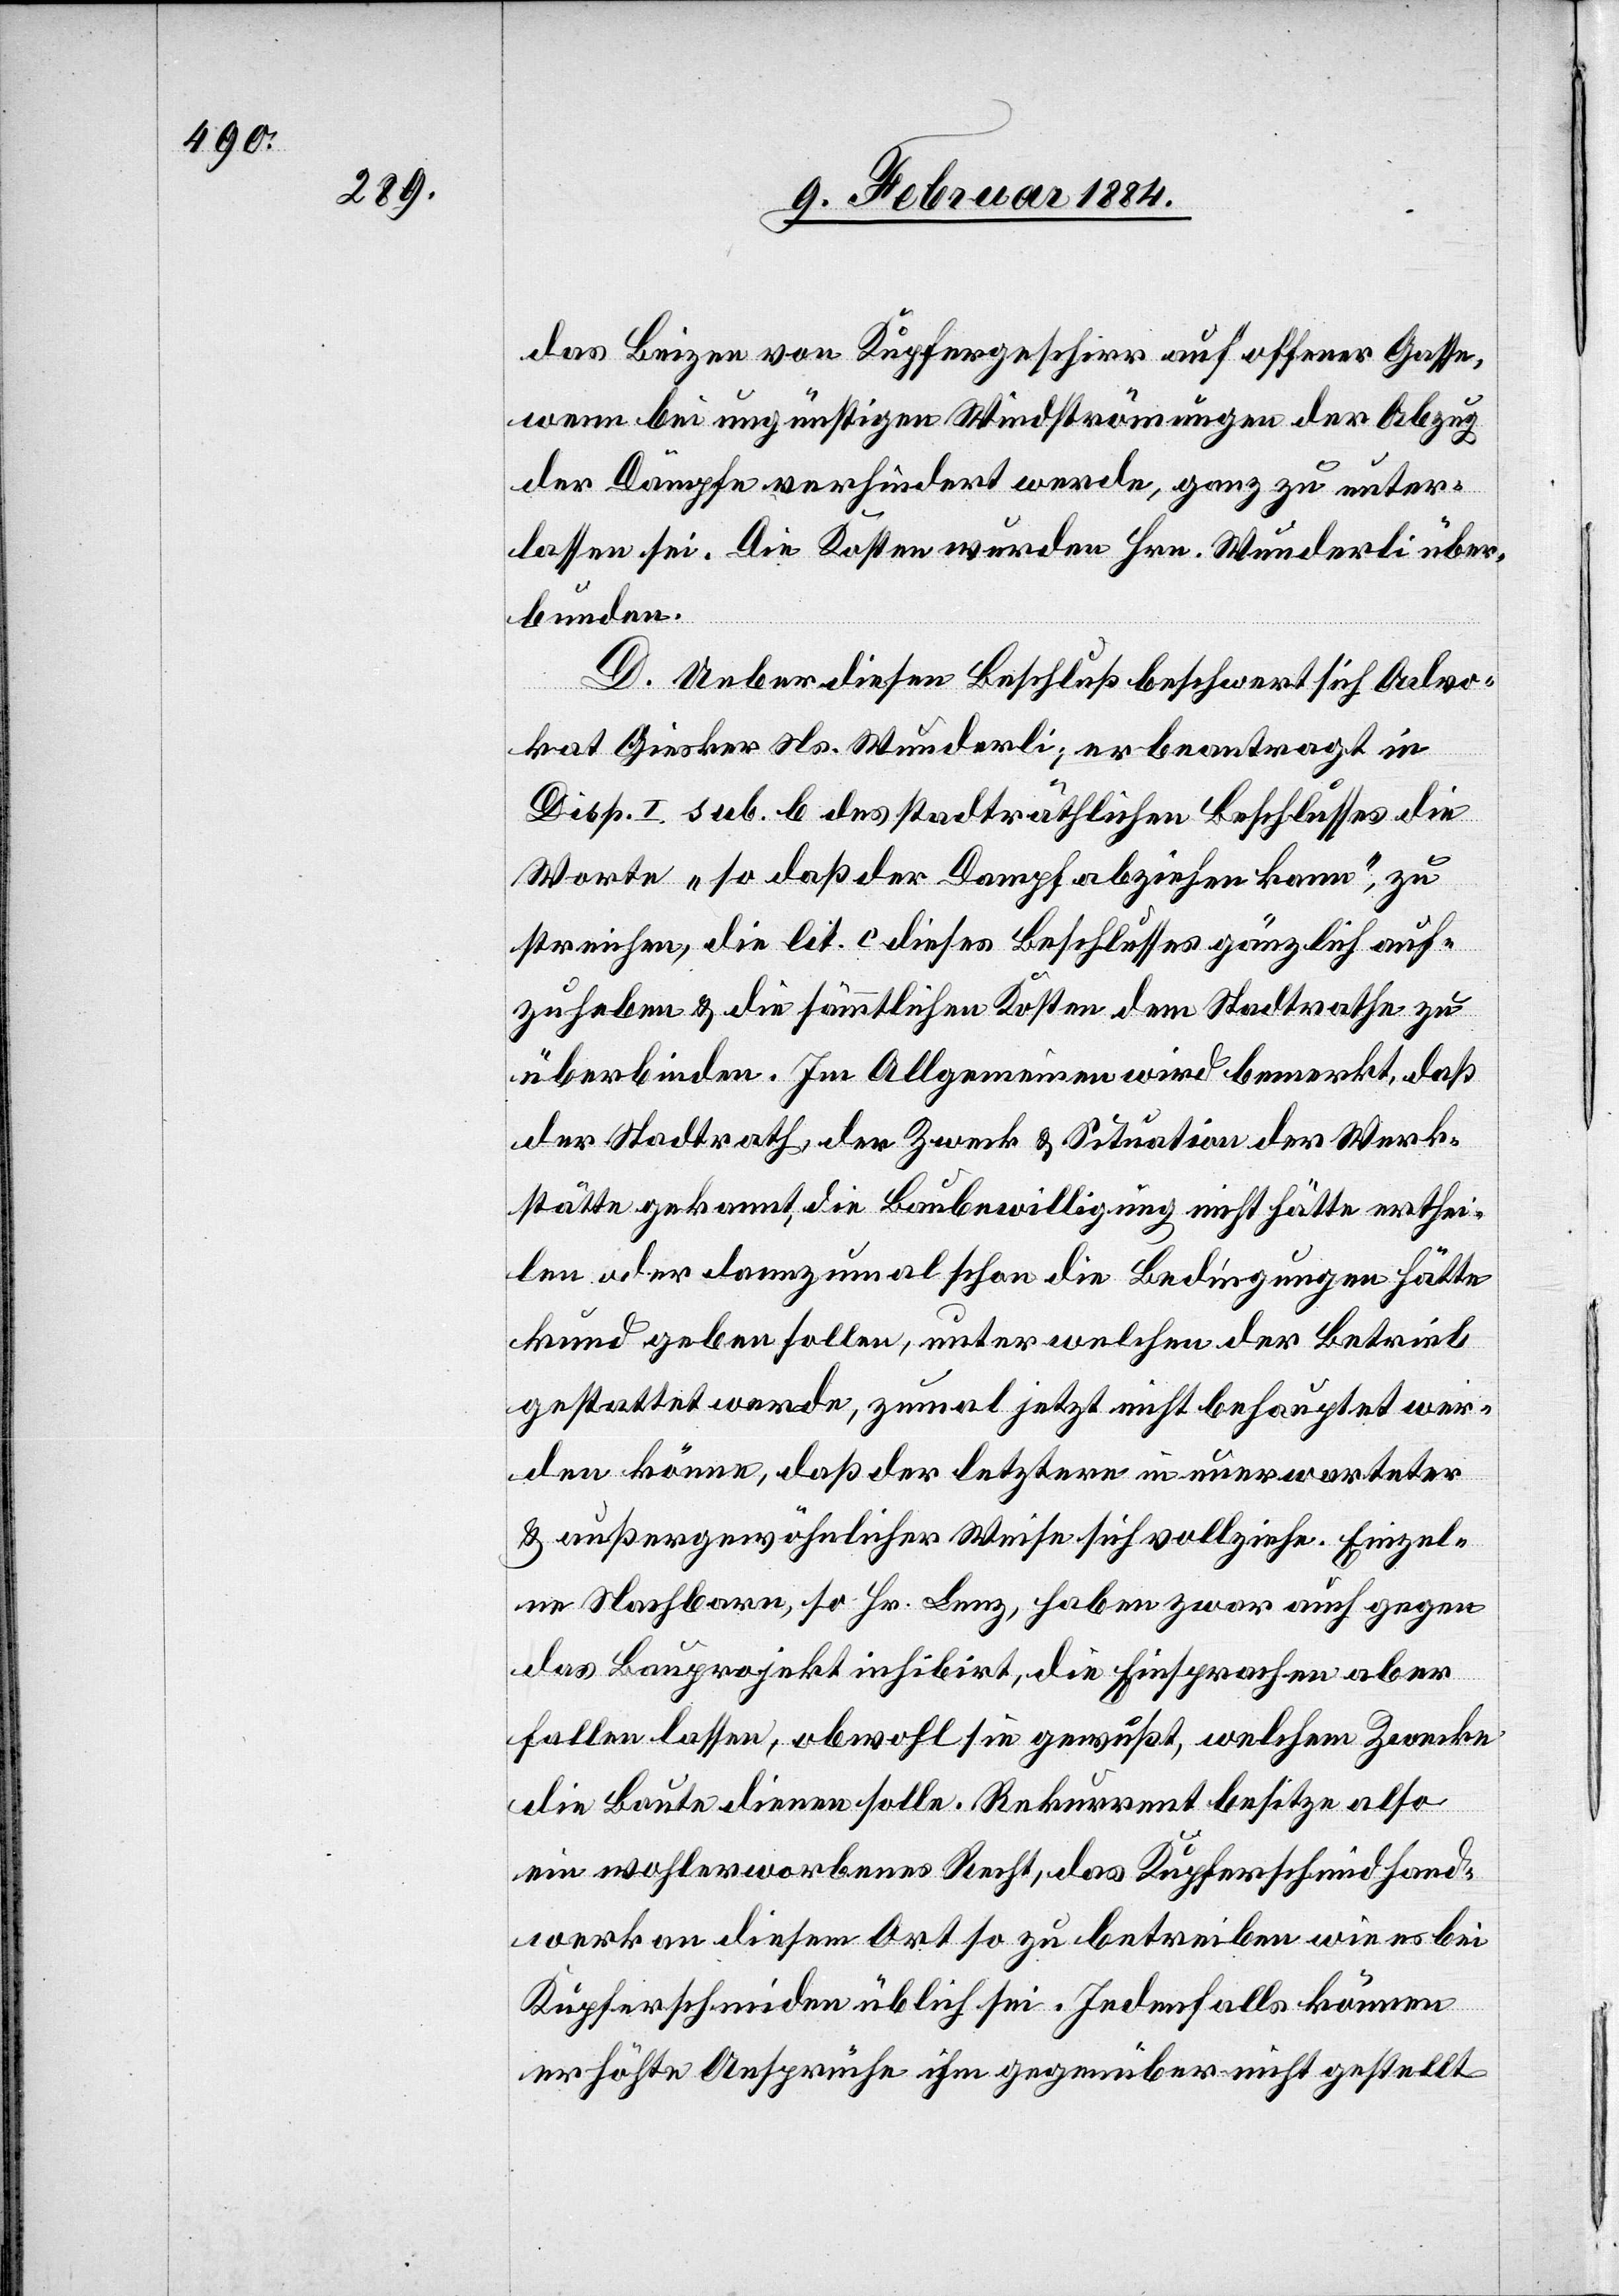
das Beizen von Kupfergeschirr auf offener Gasse,
wenn bei ungünstigen Windströmungen der Abzug
der Dämpfe verhindert werde, ganz zu unter¬
lassen sei. Die Kosten wurden Hrn. Wunderli über¬
bunden.
D. Ueber diesen Beschluß beschwert sich Advo¬
kat Giesker Ns. Wunderli; er beantragt in
Disp. I sub. b des stadträthlichen Beschlusses die
Worte „so daß der Dampf abziehen kann“, zu
streichen, die lit. c dieses Beschlusses gänzlich auf¬
zuheben & die sämmtlichen Kosten dem Stadtrathe zu
überbinden. Im Allgemeinen wird bemerkt, daß
der Stadtrath, den Zweck & Situation der Werk¬
stätte gekannt, die Baubewilligung nicht hätte erthei¬
len oder dannzumal schon die Bedingungen hätte
kund geben sollen, unter welchen der Betrieb
gestattet werde, zumal jetzt nicht behauptet wer¬
den könne, daß der letztere in unerwarteter
& außergewöhnlicher Weise sich vollziehe. Einzel¬
ne Nachbarn, so Hr. Lenz, haben zwar auch gegen
das Bauprojekt inhibirt, die Einsprachen aber
fallen lassen, obwohl sie gewußt, welchem Zwecke
die Baute dienen solle. Rekurrent besitze also
ein wohlerworbenes Recht, das Kupferschmidhand¬
werk an diesem Ort so zu betreiben wie es bei
Kupferschmieden üblich sei. Jedenfalls können
erhöhte Ansprüche ihm gegenüber nicht gestellt